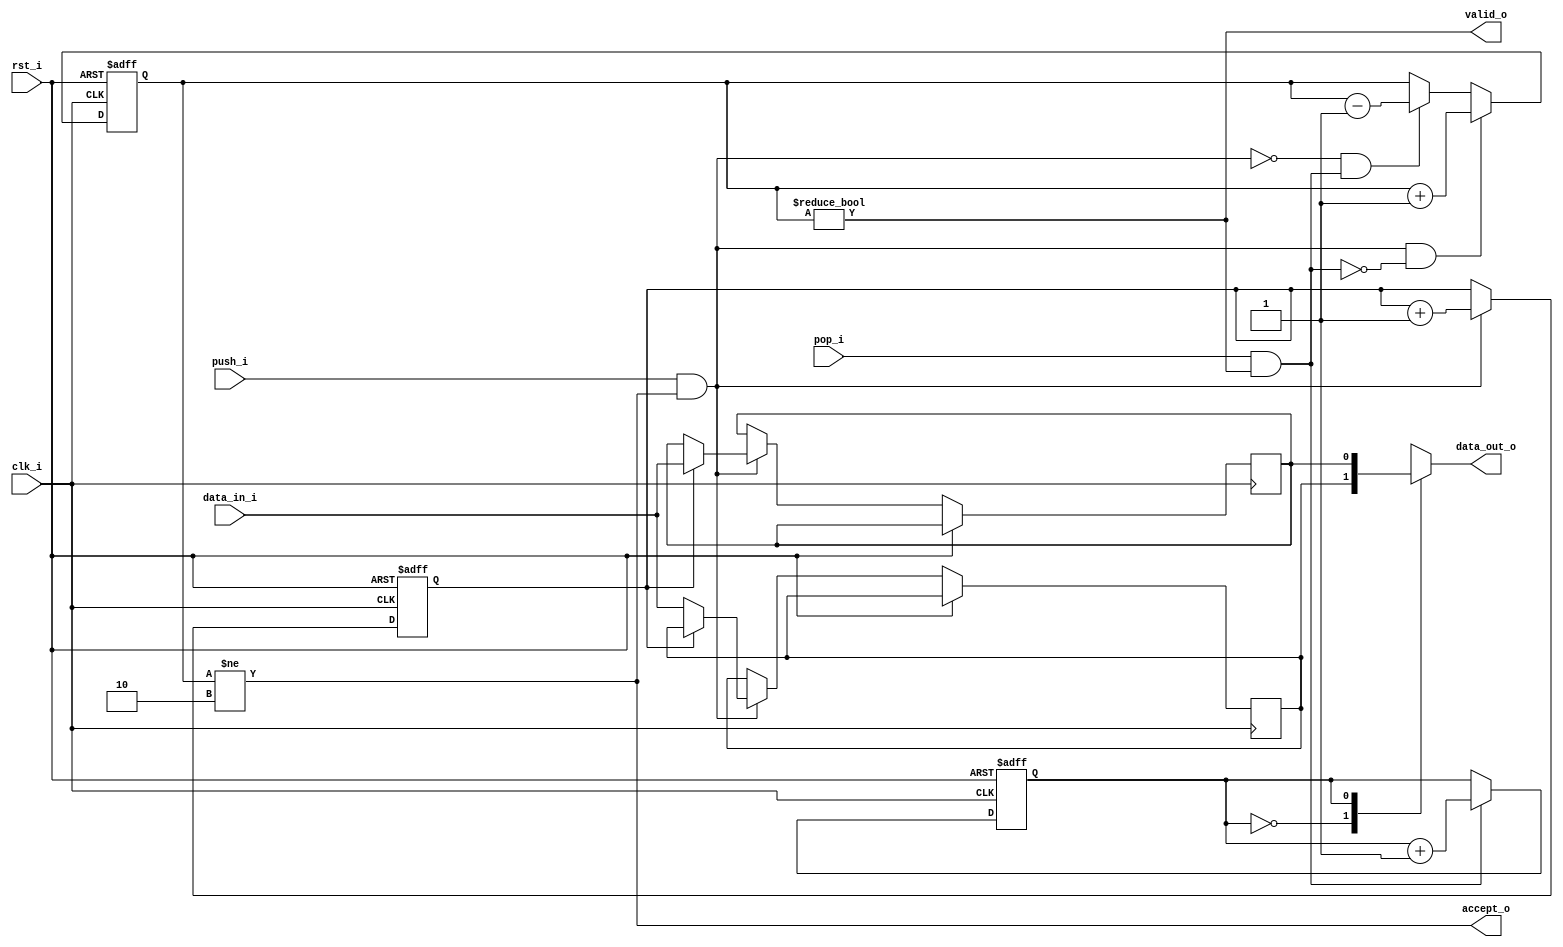
//-----------------------------------------------------------------
//                         RISC-V Top
//                            V0.5
//                     Ultra-Embedded.com
//                     Copyright 2014-2017
//
//                   admin@ultra-embedded.com
//
//                       License: BSD
//-----------------------------------------------------------------
//
// Copyright (c) 2014, Ultra-Embedded.com
// All rights reserved.
// 
// Redistribution and use in source and binary forms, with or without
// modification, are permitted provided that the following conditions 
// are met:
//   - Redistributions of source code must retain the above copyright
//     notice, this list of conditions and the following disclaimer.
//   - Redistributions in binary form must reproduce the above copyright
//     notice, this list of conditions and the following disclaimer 
//     in the documentation and/or other materials provided with the 
//     distribution.
//   - Neither the name of the author nor the names of its contributors 
//     may be used to endorse or promote products derived from this 
//     software without specific prior written permission.
// 
// THIS SOFTWARE IS PROVIDED BY THE COPYRIGHT HOLDERS AND CONTRIBUTORS 
// "AS IS" AND ANY EXPRESS OR IMPLIED WARRANTIES, INCLUDING, BUT NOT 
// LIMITED TO, THE IMPLIED WARRANTIES OF MERCHANTABILITY AND FITNESS FOR 
// A PARTICULAR PURPOSE ARE DISCLAIMED. IN NO EVENT SHALL THE AUTHOR BE 
// LIABLE FOR ANY DIRECT, INDIRECT, INCIDENTAL, SPECIAL, EXEMPLARY, OR 
// CONSEQUENTIAL DAMAGES (INCLUDING, BUT NOT LIMITED TO, PROCUREMENT OF 
// SUBSTITUTE GOODS OR SERVICES; LOSS OF USE, DATA, OR PROFITS; OR 
// BUSINESS INTERRUPTION) HOWEVER CAUSED AND ON ANY THEORY OF 
// LIABILITY, WHETHER IN CONTRACT, STRICT LIABILITY, OR TORT
// (INCLUDING NEGLIGENCE OR OTHERWISE) ARISING IN ANY WAY OUT OF 
// THE USE OF THIS SOFTWARE, EVEN IF ADVISED OF THE POSSIBILITY OF 
// SUCH DAMAGE.
//-----------------------------------------------------------------
module mem_fifo_axi_2
#(
    parameter WIDTH = 1
)
(
    // Inputs
     input               clk_i
    ,input               rst_i
    ,input  [WIDTH-1:0]  data_in_i
    ,input               push_i
    ,input               pop_i

    // Outputs
    ,output [WIDTH-1:0]  data_out_o
    ,output              accept_o
    ,output              valid_o
);

//-----------------------------------------------------------------
// Registers
//-----------------------------------------------------------------
reg [WIDTH-1:0]  ram_q[1:0];
reg [0:0]        rd_ptr_q;
reg [0:0]        wr_ptr_q;
reg [1:0]        count_q;

//-----------------------------------------------------------------
// Sequential
//-----------------------------------------------------------------
always @ (posedge clk_i or posedge rst_i)
begin
    if (rst_i == 1'b1)
    begin
        count_q   <= 2'b0;
        rd_ptr_q  <= 1'b0;
        wr_ptr_q  <= 1'b0;
    end
    else
    begin
        // Push
        if (push_i & accept_o)
        begin
            ram_q[wr_ptr_q] <= data_in_i;
            wr_ptr_q        <= wr_ptr_q + 1'd1;
        end

        // Pop
        if (pop_i & valid_o)
        begin
            rd_ptr_q      <= rd_ptr_q + 1'd1;
        end

        // Count up
        if ((push_i & accept_o) & ~(pop_i & valid_o))
        begin
            count_q <= count_q + 2'd1;
        end
        // Count down
        else if (~(push_i & accept_o) & (pop_i & valid_o))
        begin
            count_q <= count_q - 2'd1;
        end
    end
end

//-------------------------------------------------------------------
// Combinatorial
//-------------------------------------------------------------------
assign valid_o       = (count_q != 2'd0);
assign accept_o      = (count_q != 2'd2);
assign data_out_o    = ram_q[rd_ptr_q];

endmodule